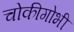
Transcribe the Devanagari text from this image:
चोकीगोभी